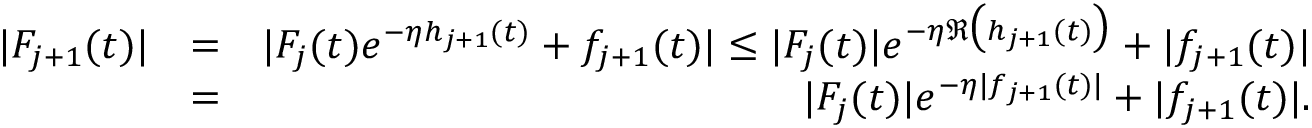
\begin{array} { r l r } { | F _ { j + 1 } ( t ) | } & { = } & { | F _ { j } ( t ) e ^ { - \eta h _ { j + 1 } ( t ) } + f _ { j + 1 } ( t ) | \leq | F _ { j } ( t ) | e ^ { - \eta \Re \bigl ( h _ { j + 1 } ( t ) \bigr ) } + | f _ { j + 1 } ( t ) | } \\ & { = } & { | F _ { j } ( t ) | e ^ { - \eta | f _ { j + 1 } ( t ) | } + | f _ { j + 1 } ( t ) | . } \end{array}